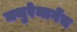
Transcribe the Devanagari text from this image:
मथुरेमार्गेच